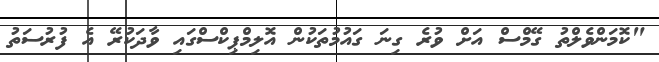
"ކޮމަންވެލްތު ގޭމްސް އަށް ވުރެ ގިނަ ގައުމުތަކުން އޮލިމްޕިކްސްގައި ވާދަކުރޭ އެ ފުރުސަތު